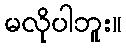
မလိုပါဘူး။